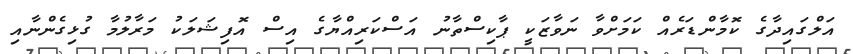
އަލްގައިދާގެ ކޮމާންޑަރެއް ކަމަށްވާ ނަވާޒަކީ ޕާކިސްތާނު އަސްކަރިއްޔާގެ އިސް އޮފިޝަލަކު މަރާލުމާ ގުޅިގެންނާއި